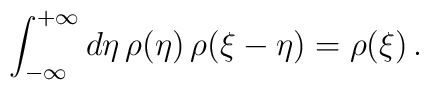
\int_{- \infty}^{+ \infty} d\eta \, \rho(\eta) \, \rho(\xi - \eta) =  \rho(\xi) \,.